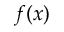
f ( x )